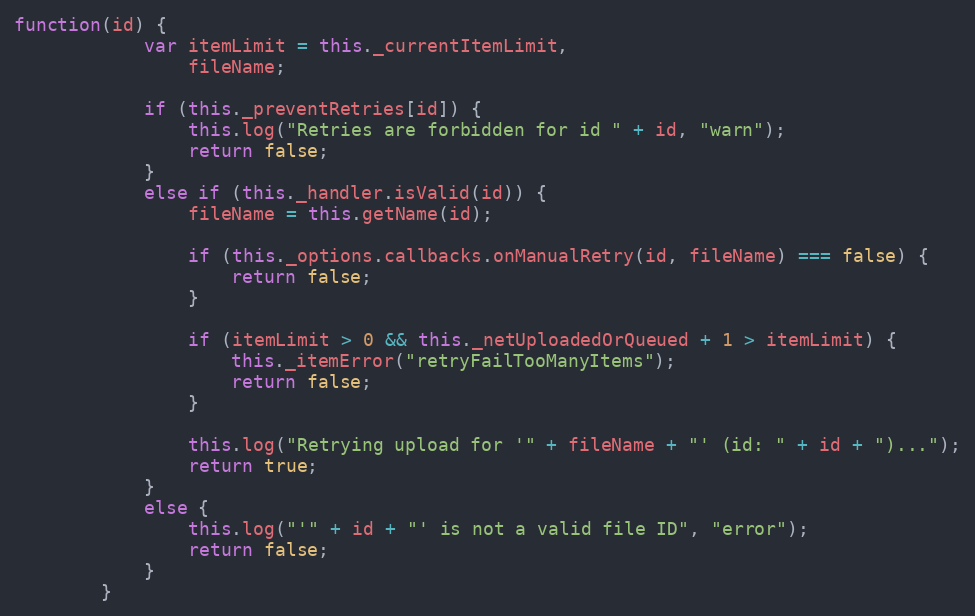
Language: JavaScript
function(id) {
            var itemLimit = this._currentItemLimit,
                fileName;

            if (this._preventRetries[id]) {
                this.log("Retries are forbidden for id " + id, "warn");
                return false;
            }
            else if (this._handler.isValid(id)) {
                fileName = this.getName(id);

                if (this._options.callbacks.onManualRetry(id, fileName) === false) {
                    return false;
                }

                if (itemLimit > 0 && this._netUploadedOrQueued + 1 > itemLimit) {
                    this._itemError("retryFailTooManyItems");
                    return false;
                }

                this.log("Retrying upload for '" + fileName + "' (id: " + id + ")...");
                return true;
            }
            else {
                this.log("'" + id + "' is not a valid file ID", "error");
                return false;
            }
        }